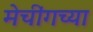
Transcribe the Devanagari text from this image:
मेचींगच्या